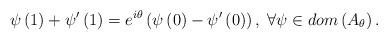
LaTeX: \begin{align*}\psi\left(1\right)+\psi'\left(1\right)=e^{i\theta}\left(\psi\left(0\right)-\psi'\left(0\right)\right),\;\forall\psi\in dom\left(A_{\theta}\right).\end{align*}